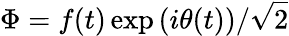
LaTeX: \Phi=f(t)\exp{(i\theta(t))}/{\sqrt{2}}